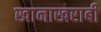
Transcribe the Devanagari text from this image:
खानाखराबी